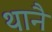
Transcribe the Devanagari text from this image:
थानै